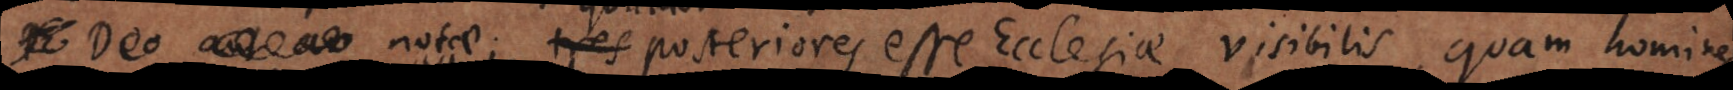
notae; quatuor posteriores esse Ecclesiae visibilis, quam homines